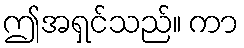
ဤအရှင်သည်။ ကာ